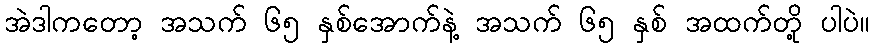
အဲဒါကတော့ အသက် ၆၅ နှစ်အောက်နဲ့ အသက် ၆၅ နှစ် အထက်တို့ ပါပဲ။